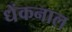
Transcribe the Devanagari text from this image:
धेंकनाल